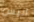
أليس